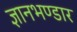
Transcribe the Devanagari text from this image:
ज्ञानभण्डार